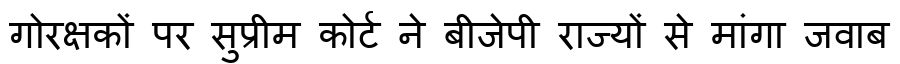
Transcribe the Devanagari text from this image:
गोरक्षकों पर सुप्रीम कोर्ट ने बीजेपी राज्यों से मांगा जवाब